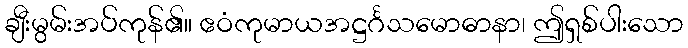
ချီးမွမ်းအပ်ကုန်၏။ ဧဝံကုမာယအဋ္ဌင်္ဂသမောဓာနာ၊ ဤရှစ်ပါးသော